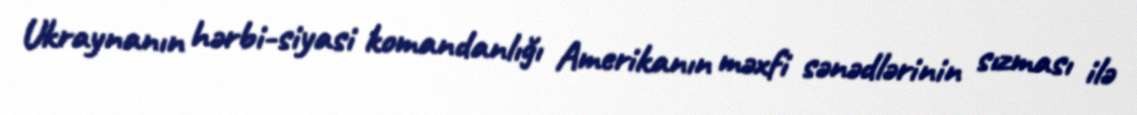
Ukraynanın hərbi-siyasi komandanlığı Amerikanın məxfi sənədlərinin sızması ilə